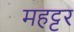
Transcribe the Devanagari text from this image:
महट्टर